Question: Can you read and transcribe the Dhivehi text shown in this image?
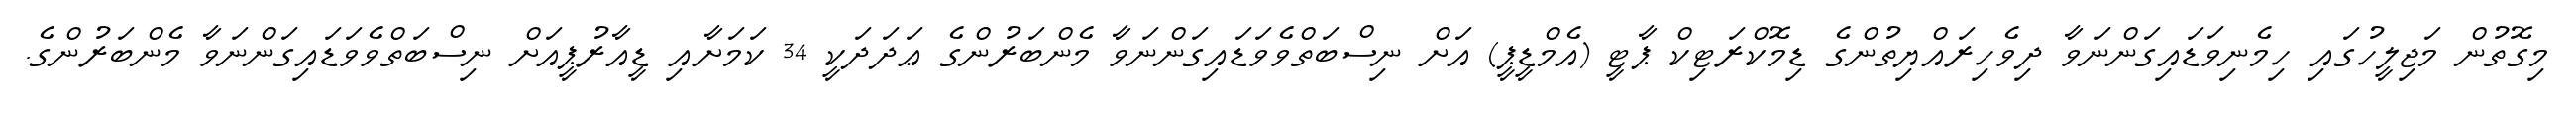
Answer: މިގޮތުން މަޖިލީހުގައި ހިމެނިވަޑައިގަންނަވާ ދިވެހިރައްޔިތުންގެ ޑިމޮކްރަޓިކް ޕާޓީ (އެމްޑީޕީ) އަށް ނިސްބަތްވެވަޑައިގަންނަވާ މެންބަރުންގެ ޢަދަދަކީ 34 ކަމަށާއި ޑީއާރުޕީއަށް ނިސްބަތްވެވަޑައިގަންނަވާ މެންބަރުންގެ.